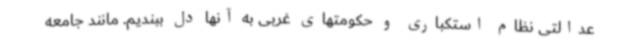
عدالتی نظام استکباری و حکومتهای غربی به آنها دل ببندیم. مانند جامعه